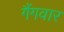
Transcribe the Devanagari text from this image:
गैंगवार